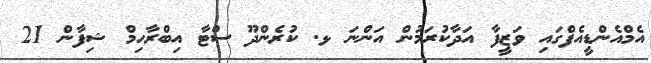
އެމްއެންޑީއެފްގައި ވަޒީފާ އަދާކުރަމުން އަންނަ ޅ. ކުރެންދޫ ސްޓާ އިބްރާހިމް ޝިފާން 21